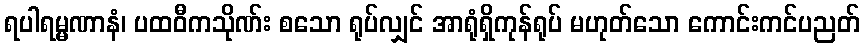
ရပါရမ္မဏာနံ၊ ပထဝီကသိုဏ်း စသော ရုပ်လျှင် အာရုံရှိကုန်ရုပ် မဟုတ်သော ကောင်းကင်ပညတ်